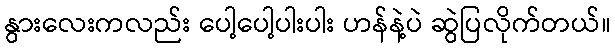
နွားလေးကလည်း ပေါ့ပေါ့ပါးပါး ဟန်နဲ့ပဲ ဆွဲပြလိုက်တယ်။